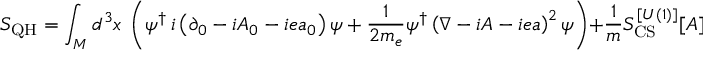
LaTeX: S _ { \mathrm { { Q H } } } = \int _ { \cal M } d ^ { 3 } x ~ \left( \psi ^ { \dagger } \, i \left( \partial _ { 0 } - i A _ { 0 } - i e a _ { 0 } \right) \psi + \frac { 1 } { 2 m _ { e } } \psi ^ { \dagger } \left( \nabla - i A - i e a \right) ^ { 2 } \psi \right) + \frac { 1 } { m } S _ { \mathrm { C S } } ^ { [ U ( 1 ) ] } [ A ]